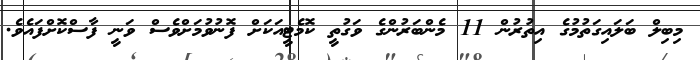
މިބިލް ބަލައިގަތުމުގެ އިތުރުން 11 މެންބަރުންގެ ވަގުތީ ކޮމެޓީއަކަށް ފޮނުވުމަށްވެސް ވަނީ ފާސްކޮށްފައެވެ.